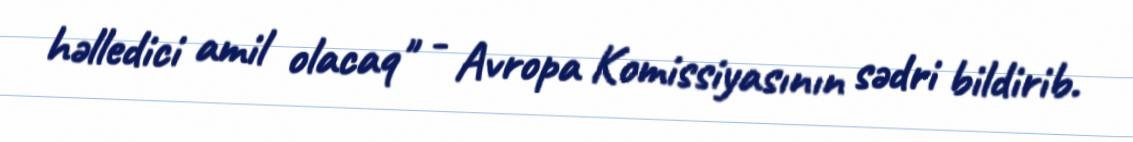
həlledici amil olacaq" - Avropa Komissiyasının sədri bildirib.